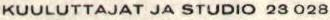
KUULUTTAJAT JA STUDIO 23 028